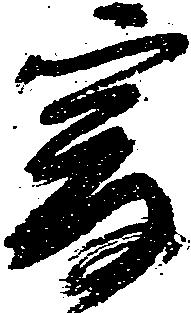
爰